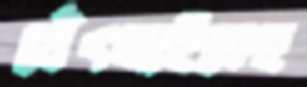
থেঁৎলাইতেছ